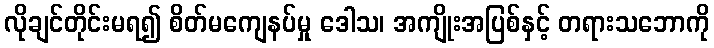
လိုချင်တိုင်းမရ၍ စိတ်မကျေနပ်မှု ဒေါသ၊ အကျိုးအပြစ်နှင့် တရားသဘောကို